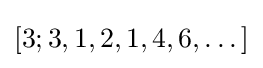
[3;3,1,2,1,4,6,\dots ]